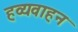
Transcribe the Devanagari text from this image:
हव्यवाहन